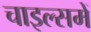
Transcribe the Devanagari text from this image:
चाइल्समें